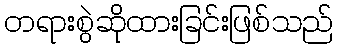
တရားစွဲဆိုထားခြင်းဖြစ်သည်